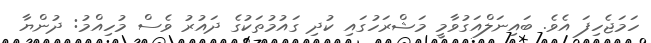
ހަމަޖެހިފަ އެވެ. ބައިނަލްއަގުވާމީ މަޝްރަހުގައި ކުދި ގައުމުތަކުގެ ދައުރު ވެސް މުހިއްމު: ދުންޔާ